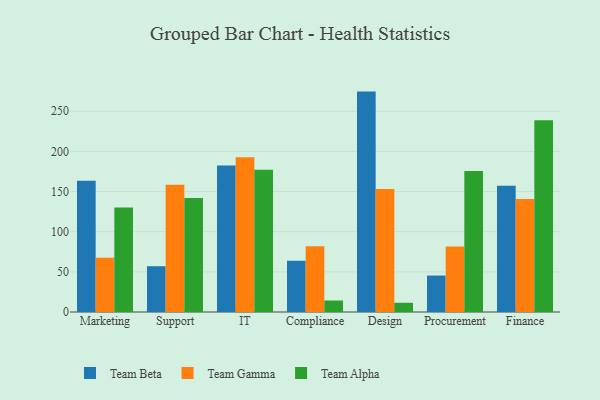
{"axis": {"x": "Department", "y": "Backlog"}, "legend": ["Team Alpha", "Team Beta", "Team Gamma"], "data": [{"x": "Marketing", "y": 163.4, "type": "Team Beta"}, {"x": "Marketing", "y": 67.6, "type": "Team Gamma"}, {"x": "Marketing", "y": 130.2, "type": "Team Alpha"}, {"x": "Support", "y": 57.0, "type": "Team Beta"}, {"x": "Support", "y": 158.6, "type": "Team Gamma"}, {"x": "Support", "y": 141.9, "type": "Team Alpha"}, {"x": "IT", "y": 182.4, "type": "Team Beta"}, {"x": "IT", "y": 192.8, "type": "Team Gamma"}, {"x": "IT", "y": 177.2, "type": "Team Alpha"}, {"x": "Compliance", "y": 63.8, "type": "Team Beta"}, {"x": "Compliance", "y": 81.8, "type": "Team Gamma"}, {"x": "Compliance", "y": 14.3, "type": "Team Alpha"}, {"x": "Design", "y": 274.5, "type": "Team Beta"}, {"x": "Design", "y": 153.1, "type": "Team Gamma"}, {"x": "Design", "y": 11.5, "type": "Team Alpha"}, {"x": "Procurement", "y": 45.4, "type": "Team Beta"}, {"x": "Procurement", "y": 81.7, "type": "Team Gamma"}, {"x": "Procurement", "y": 175.5, "type": "Team Alpha"}, {"x": "Finance", "y": 157.2, "type": "Team Beta"}, {"x": "Finance", "y": 140.8, "type": "Team Gamma"}, {"x": "Finance", "y": 238.9, "type": "Team Alpha"}]}